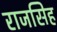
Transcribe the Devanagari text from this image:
राजसिह